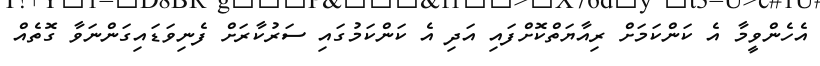
އެހެންވީމާ އެ ކަންކަމަށް ރިއާޔަތްކޮށްފައި އަދި އެ ކަންކަމުގައި ސަރުކާރަށް ފެނިވަޑައިގަންނަވާ ގޮތެއް